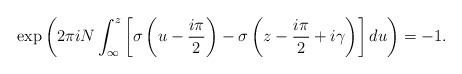
LaTeX: \begin{align*}\exp\left(2\pi i N \int_{\infty}^{z} \left[\sigma\left(u-\frac{i\pi}{2}\right)-\sigma\left(z-\frac{i\pi}{2}+i\gamma\right)\right] du\right) = -1.\end{align*}